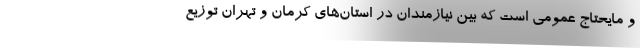
و مایحتاج عمومی است که بین نیازمندان در استان‌های کرمان و تهران توزیع